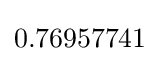
0.76957741